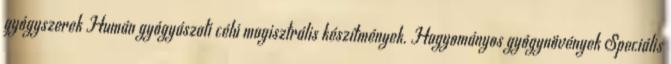
gyógyszerek Humán gyógyászati célú magisztrális készítmények. Hagyományos gyógynövények Speciális